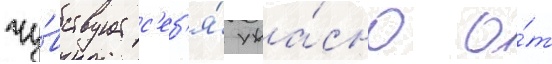
чу́вствует с'еб'я́ ужа́сно о́т